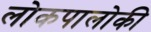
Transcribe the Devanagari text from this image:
लोकपालोकी